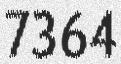
7364